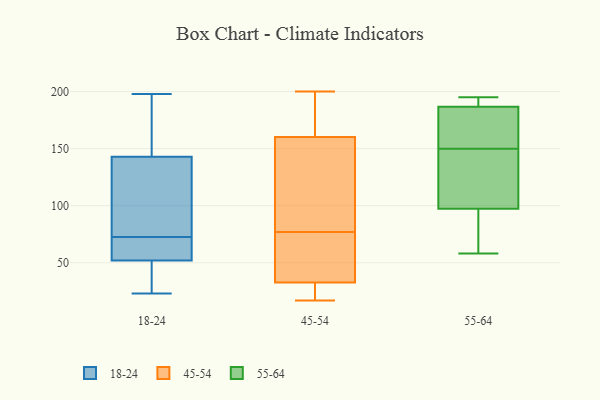
{"axis": {"x": "Website Visitors", "y": "Value"}, "legend": ["18-24", "45-54", "55-64"], "data": [{"x": "", "y": 23, "type": "18-24"}, {"x": "", "y": 74, "type": "18-24"}, {"x": "", "y": 71, "type": "18-24"}, {"x": "", "y": 144, "type": "18-24"}, {"x": "", "y": 48, "type": "18-24"}, {"x": "", "y": 126, "type": "18-24"}, {"x": "", "y": 68, "type": "18-24"}, {"x": "", "y": 52, "type": "18-24"}, {"x": "", "y": 198, "type": "18-24"}, {"x": "", "y": 143, "type": "18-24"}, {"x": "", "y": 182, "type": "45-54"}, {"x": "", "y": 17, "type": "45-54"}, {"x": "", "y": 53, "type": "45-54"}, {"x": "", "y": 29, "type": "45-54"}, {"x": "", "y": 30, "type": "45-54"}, {"x": "", "y": 121, "type": "45-54"}, {"x": "", "y": 122, "type": "45-54"}, {"x": "", "y": 35, "type": "45-54"}, {"x": "", "y": 41, "type": "45-54"}, {"x": "", "y": 200, "type": "45-54"}, {"x": "", "y": 195, "type": "45-54"}, {"x": "", "y": 168, "type": "45-54"}, {"x": "", "y": 96, "type": "45-54"}, {"x": "", "y": 32, "type": "45-54"}, {"x": "", "y": 170, "type": "45-54"}, {"x": "", "y": 77, "type": "45-54"}, {"x": "", "y": 70, "type": "45-54"}, {"x": "", "y": 27, "type": "45-54"}, {"x": "", "y": 137, "type": "45-54"}, {"x": "", "y": 107, "type": "55-64"}, {"x": "", "y": 177, "type": "55-64"}, {"x": "", "y": 193, "type": "55-64"}, {"x": "", "y": 119, "type": "55-64"}, {"x": "", "y": 185, "type": "55-64"}, {"x": "", "y": 150, "type": "55-64"}, {"x": "", "y": 64, "type": "55-64"}, {"x": "", "y": 195, "type": "55-64"}, {"x": "", "y": 163, "type": "55-64"}, {"x": "", "y": 110, "type": "55-64"}, {"x": "", "y": 192, "type": "55-64"}, {"x": "", "y": 68, "type": "55-64"}, {"x": "", "y": 58, "type": "55-64"}]}